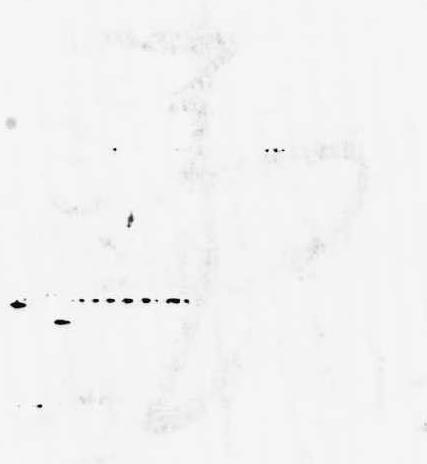
事